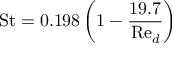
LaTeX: { \mathrm { S t } } = 0 . 1 9 8 \left( 1 - { \frac { 1 9 . 7 } { { \mathrm { R e } } _ { d } } } \right)